Vaccination in the Punjab 1897-1904 - 1897-1904
Year: 1897
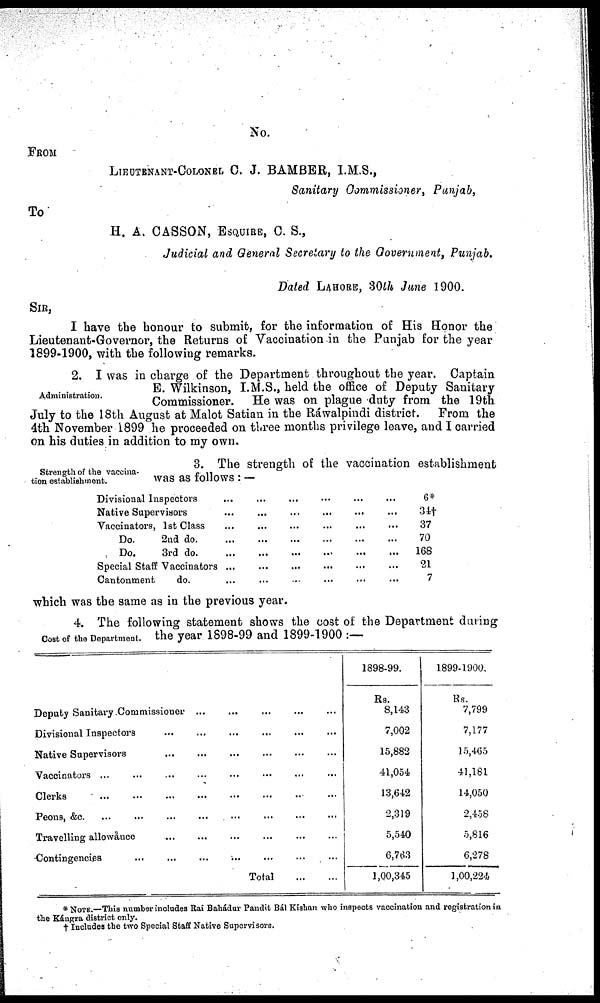
No.
FROM
LIEUTENANT-COLONEL C. J. BAMBER, I.M.S.,
Sanitary Commissioner, Punjab,
To
H. A. CASSON, ESQUIRE, C. S.,
Judicial and General Secretary to the Government, Punjab.
Dated LAHORE, 30th June 1900.
SIR,
I have the honour to submit, for the information of His Honor the
Lieutenant-Governor, the Returns of Vaccination in the Punjab for the year
1899-1900, with the following remarks.
Administration.
2. I was in charge of the Department throughout the year. Captain
E. Wilkinson, I.M.S., held the office of Deputy Sanitary
Commissioner. He was on plague duty from the 19th
July to the 18th August at Malot Satian in the Ráwalpindi district.
From the
4th November 1899 he proceeded on three months privilege leave, and I carried
on his duties in addition to my own.
Strength of the vaccina-
tion establishtment.
3. The strength of the vaccination establishment
was as follows : —
Divisional Inspectors ... ... ... ... ... ...
Native Supervisors ... ... ... ... ... ...
Vaccinators, 1st Class ... ... ... ... ... ...
Do.
2nd do
...
...
...
...
...
...
Do.
3rd do
...
...
...
...
...
...
Special Staff Vaccinators ... ... ... ... ... ...
Cantonment
do. ... ... ... ... ... ...
6*
34†
37
70
168
21
7
which was the same as in the previous year.
Cost of the Department.
4. The following statement shows the cost of the Department during
the year 1898-99 and 1899-1900 :—
Deputy Sanitary Commissioner
Divisional Inspectors
Native Supervisors
Vaccinators
Clerks
Peons, &c.
Travelling allowânce
Contingencies
Total
1898-99.
Rs.
8,143
7,002
15,882
41,054
13,642
2,319
5,540
6,763
1,00,345
1899-1900
Rs.
7,799
7,177
15,465
41,181
14,050
2,458
5,816
6,278
1,00,224
*NOTE.—This number includes Rai Bahádur Pandit Bál Kishan who inspects vaccination and registration in
the Kángra district only.
† Includes the two Special Staff Native Supervisors.